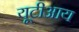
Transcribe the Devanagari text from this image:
यूटीआय